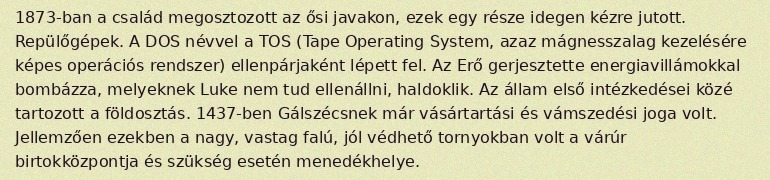
1873-ban a család megosztozott az ősi javakon, ezek egy része idegen kézre jutott. Repülőgépek. A DOS névvel a TOS (Tape Operating System, azaz mágnesszalag kezelésére képes operációs rendszer) ellenpárjaként lépett fel. Az Erő gerjesztette energiavillámokkal bombázza, melyeknek Luke nem tud ellenállni, haldoklik. Az állam első intézkedései közé tartozott a földosztás. 1437-ben Gálszécsnek már vásártartási és vámszedési joga volt. Jellemzően ezekben a nagy, vastag falú, jól védhető tornyokban volt a várúr birtokközpontja és szükség esetén menedékhelye.